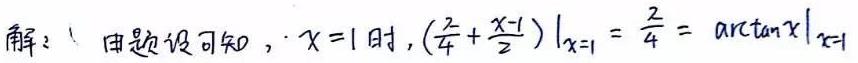
解：由题设可知，$x = 1$ 时，$\left(\frac{2}{4}+\frac{x - 1}{2}\right)\big|_{x = 1}=\frac{2}{4}=\arctan x\big|_{x = 1}$